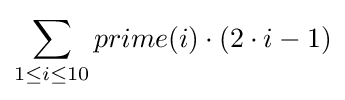
\sum _{1\leq i\leq 10}prime(i)\cdot (2\cdot i-1)